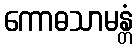
ကောဓသာမန္တံ